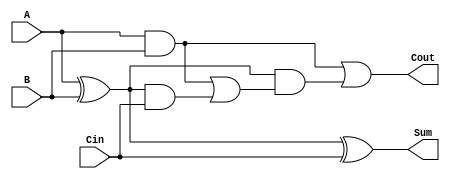
module CarryLookaheadFullAdder (
    input wire A,      // First binary digit
    input wire B,      // Second binary digit
    input wire Cin,    // Carry input
    output wire Sum,   // Resultant binary digit
    output wire Cout   // Carry output
);

    // Internal signals for Propagate and Generate
    wire P; // Propagate
    wire G; // Generate
    wire C1; // Intermediate carry output

    // Logic for Propagate and Generate
    assign P = A ^ B;  // P = A XOR B
    assign G = A & B;  // G = A AND B

    // Carry output calculations
    assign C1 = G | (P & Cin); // C1 = G OR (P AND Cin)
    assign Cout = G | (P & C1); // Cout = G_next OR (P_next AND C1)

    // Sum calculation
    assign Sum = P ^ Cin; // Sum = P XOR Cin

endmodule